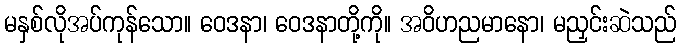
မနှစ်လိုအပ်ကုန်သော။ ဝေဒနာ၊ ဝေဒနာတို့ကို။ အဝိဟညမာနော၊ မညှင်းဆဲသည်